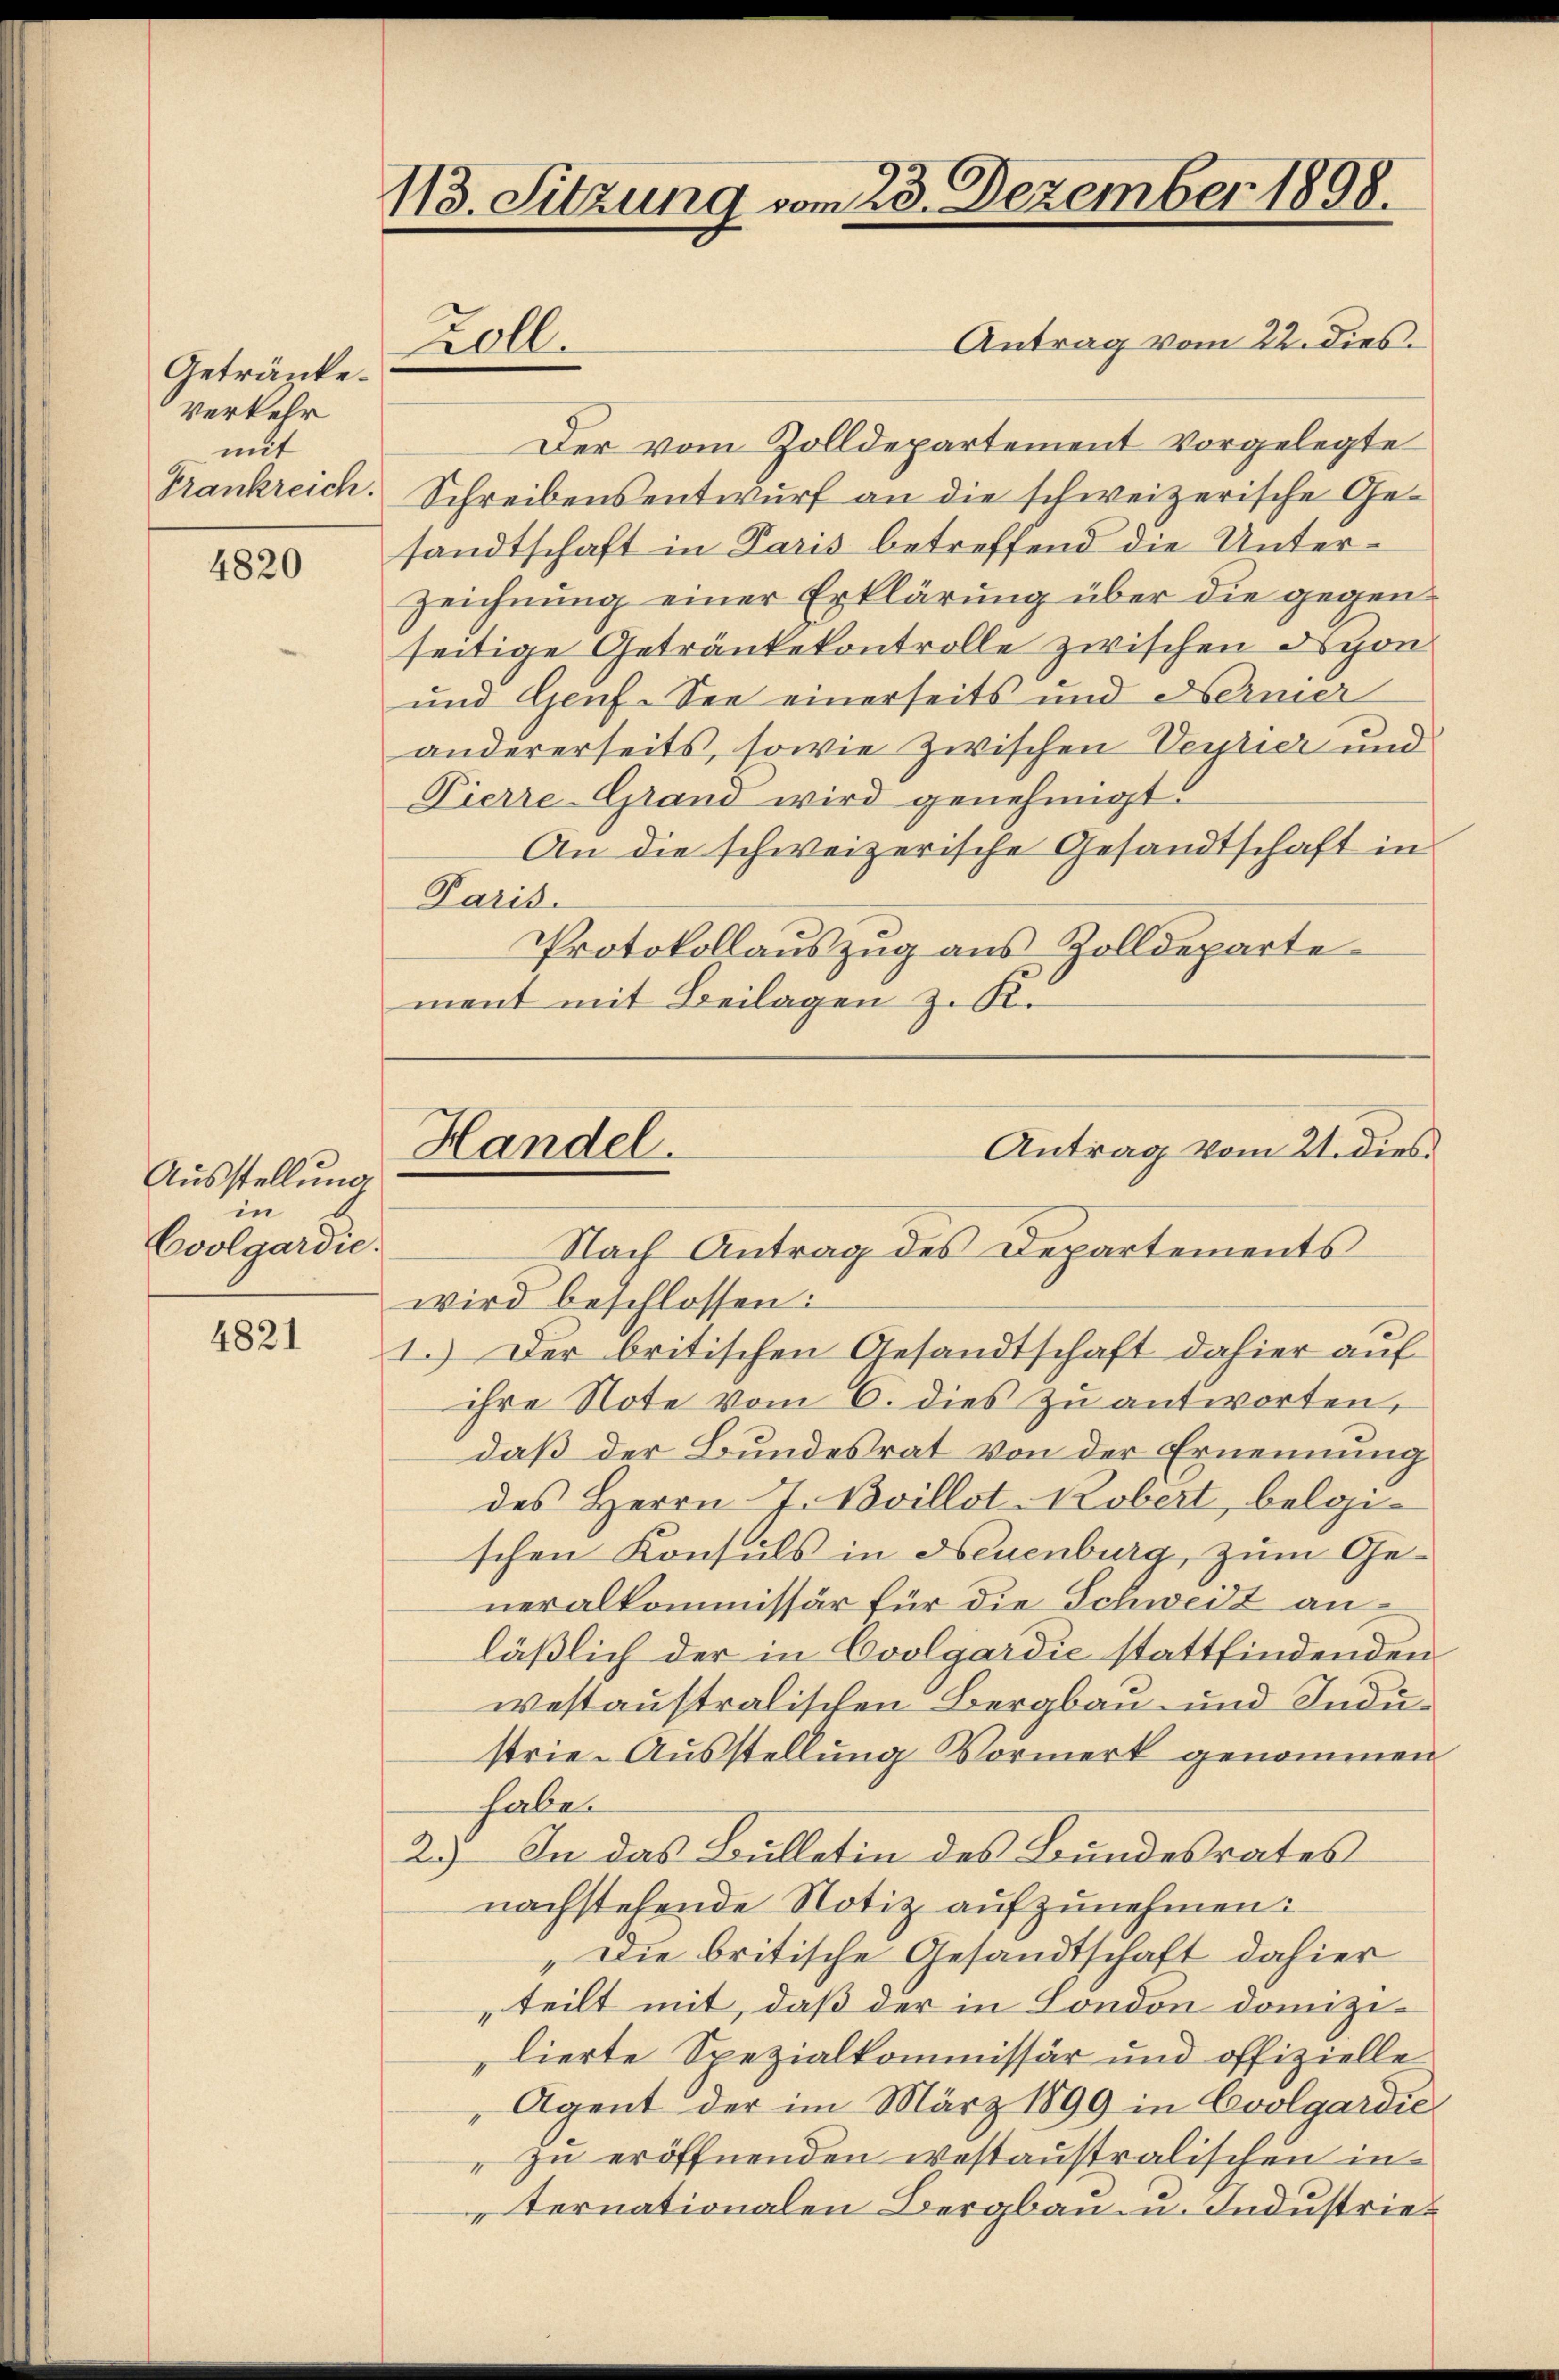
Getränke.
Verkehr
mit
Frankreich.

4820

Ausstellung
in
Coolgardie

4821

113. Sitzung vom 23. Dezember 1898.
Antrag vom 22. dies
Zoll.

Der vom Zolldepartement vorgelegte
Schreibensentwurf an die schweizerische Gesandtschaft in Paris betreffend die Unterzeichnung einer Erklärung über die gegenseitige Getränkekontrolle zwischen Nyon
und Genf-See einerseits und Ferner
andererseits, sowie zwischen Verrier und
Pierre-Grand wird genehmigt.
An die schweizerische Gesandtschaft in
Paris.
Protokollauszug aus Zolldeparte
ment mit Beilagen z. Ki

Nach Antrag des Departements
wird beschlossen:
1.) Der britischen Gesandtschaft dahier auf
ihre Note vom 6. dies zu antworten,
daß der Bundesrat von der Ernennung
des Herrn J. Boillot. Kobert, belgi-
schen Konsuls in Neuenburg, zum Generalkommissär für die Schweiz anläßlich der in Coolgardić stattfindenden
westaustralischen Bergbau- und Sudustrie-Ausstellung Vormerk genommen
haben
2.) In das Bulletin des Bundesrates
nachstehende Notiz aufzunehmen:
„Die britische Gesandtschaft dahier
teilt mit, daß der in London dannzilierte Spezialkommissär und offizielle
Agent der im März 1899 in Coolgardie
" zu eröffnenden westaustralischen in
ternationalen Bergbau u. Industrie¬

Handel.

Antrag vom 21. dies